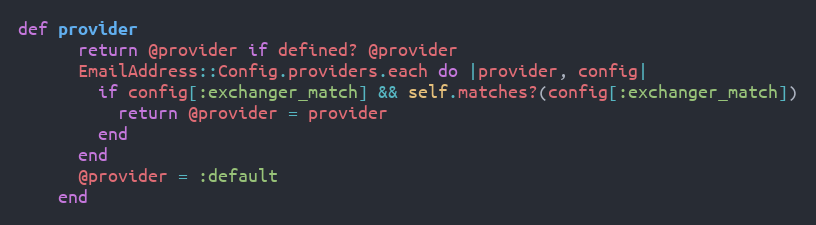
Language: Ruby
def provider
      return @provider if defined? @provider
      EmailAddress::Config.providers.each do |provider, config|
        if config[:exchanger_match] && self.matches?(config[:exchanger_match])
          return @provider = provider
        end
      end
      @provider = :default
    end